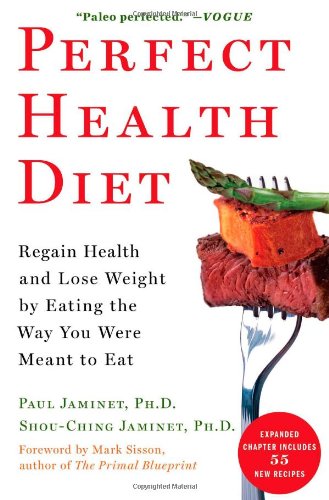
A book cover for Perfect Health Diet: Regain Health and Lose Weight by Eating the Way You Were Meant to Eat; Ph.D. Paul Jaminet Ph.D.; Cookbooks, Food & Wine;